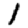
Digit: 1